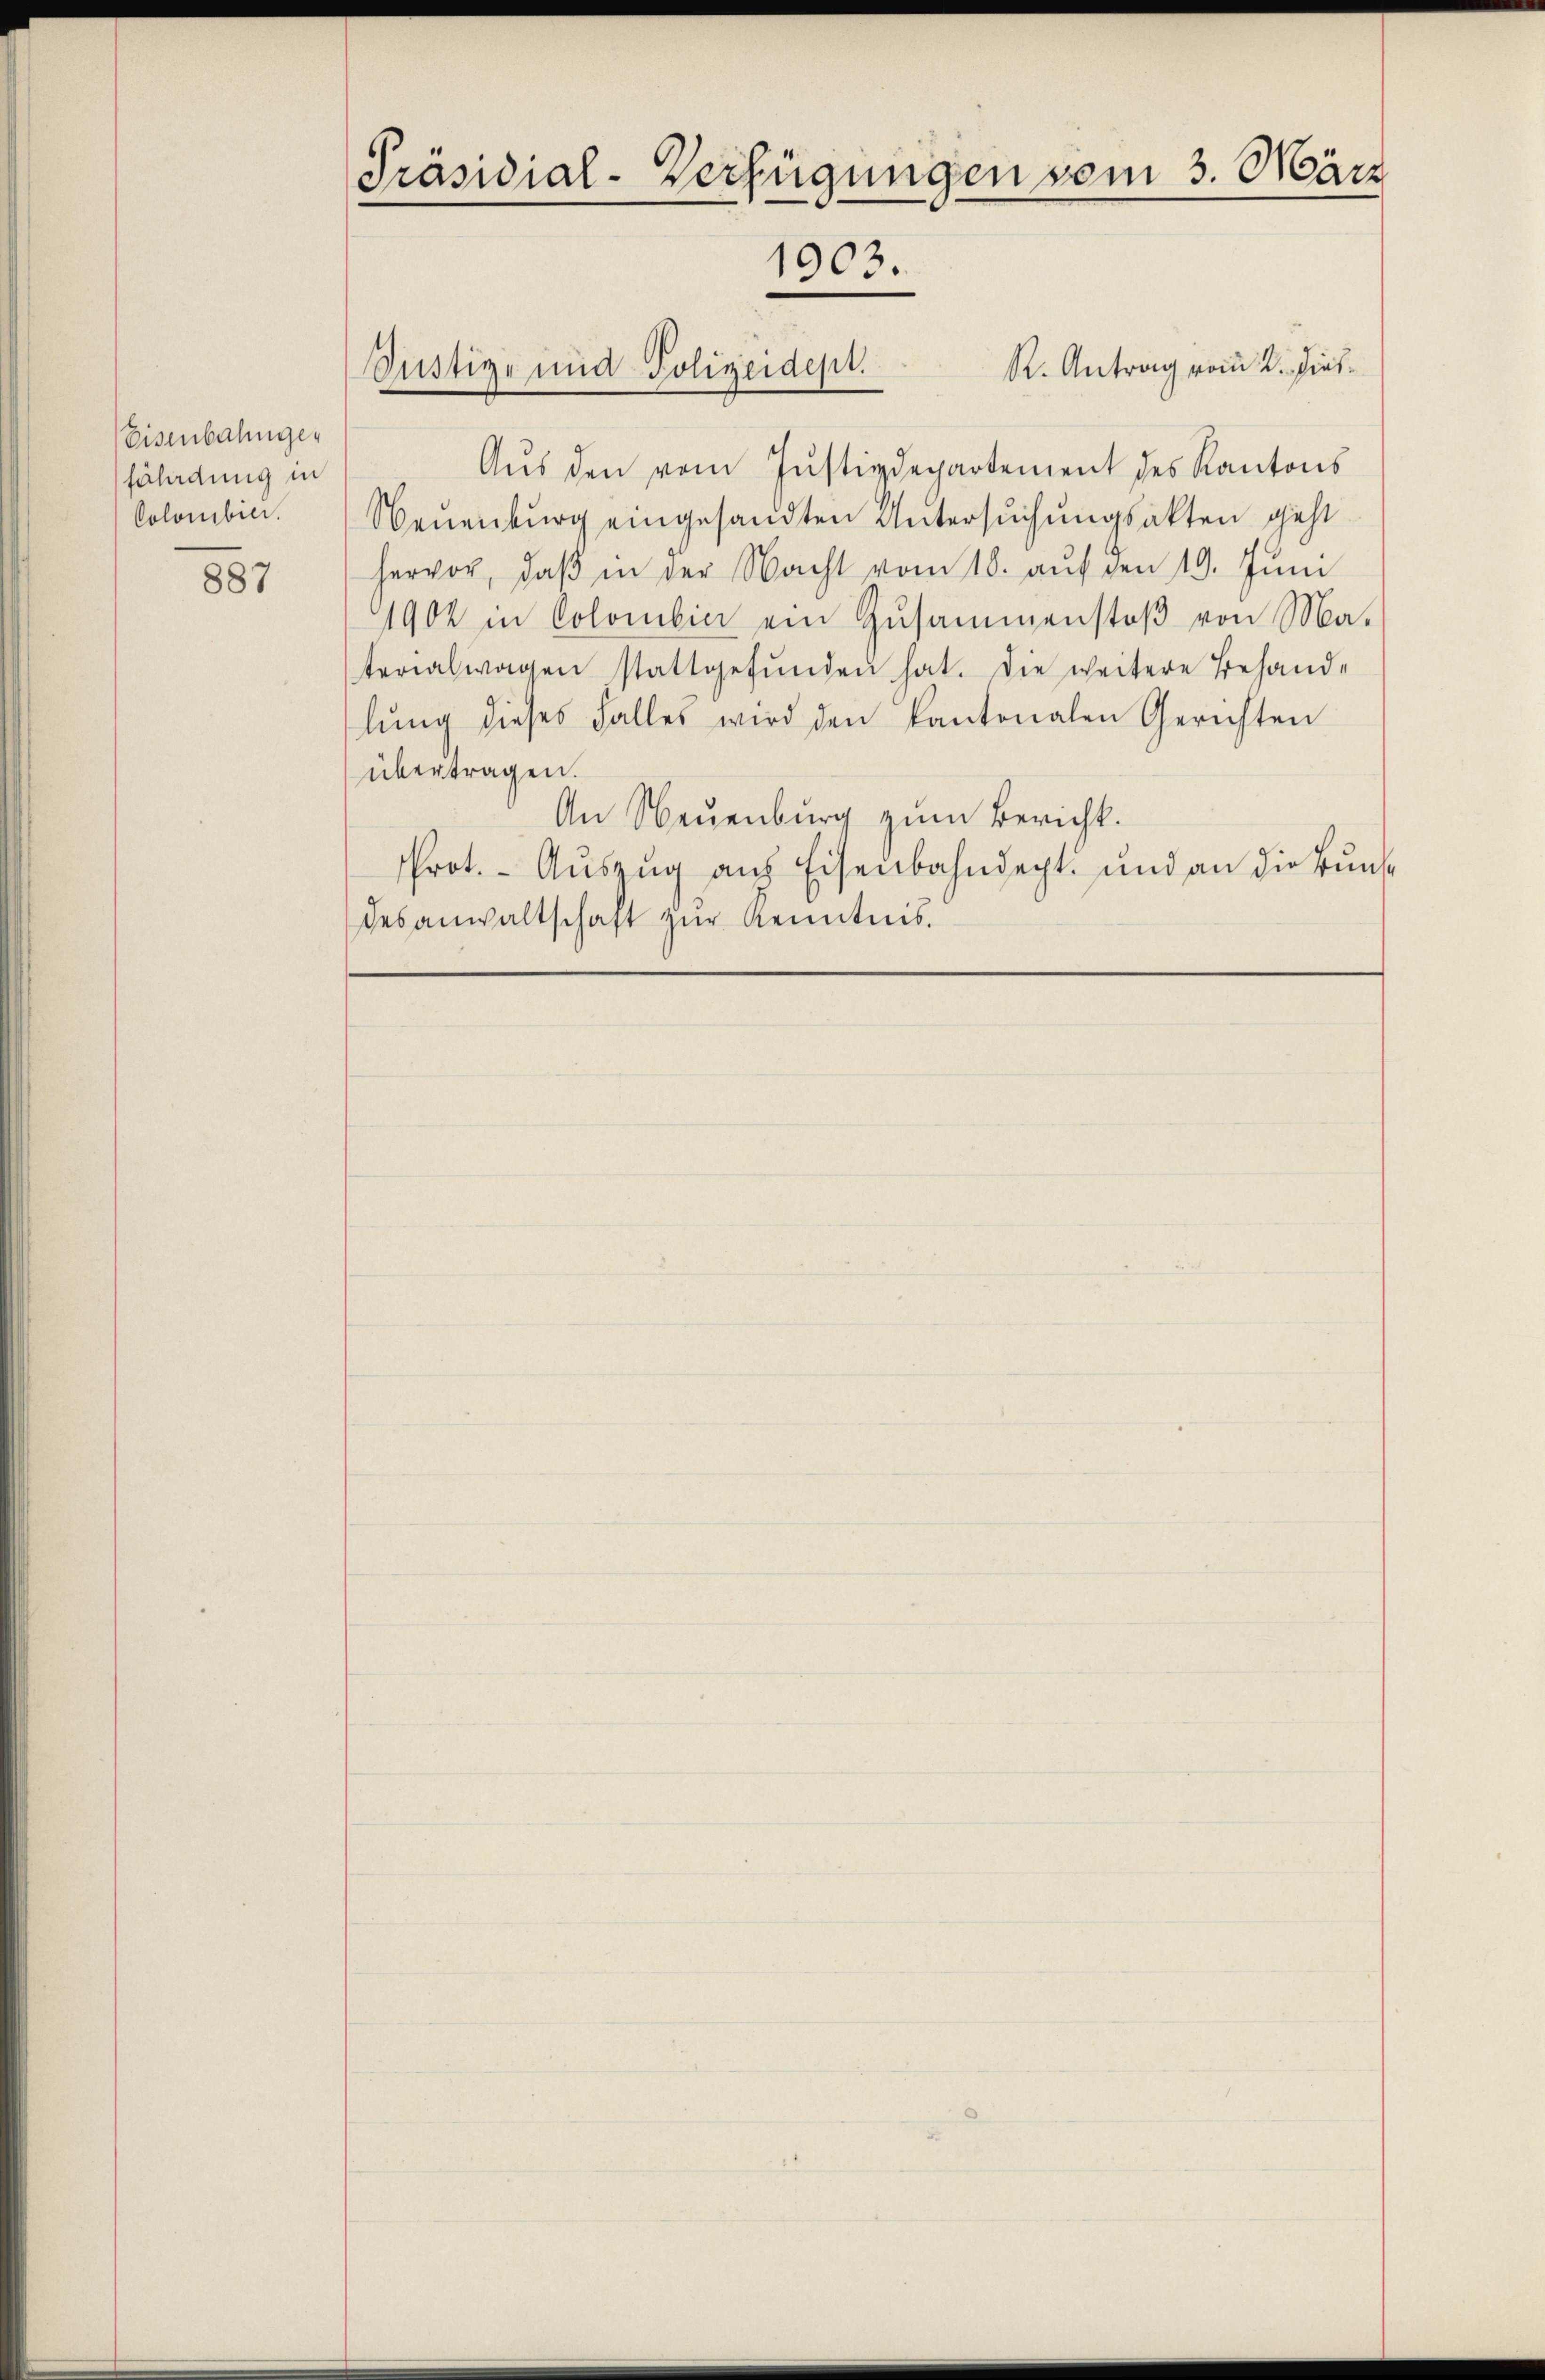
Eisenbahngefährdung in
Colombini.

887

Präsidial-Verfügungen vom 3. März
1903.

R. Antrag vom 2. Dieb¬
Aŭs den vom Justizdepartement des Kantons
Neuenburg eingesandten Untersŭchŭngsakten geht
hervor, daβ in der Nacht vom 10. aŭf den 19. Jŭni
1902 in Colombici ein Zusammenstoß von Materialwagen stattgefŭnden hat. Die weitere Behand-
lŭng dieses Falles wird den kantonalen Gerichten
übertragen.
An Neuenburg zum Bericht.
rot. Aŭszŭg aŭf Eisenbahndept. und an die Bŭnd
desanwaltschaft zŭr Kenntnis.

Justiz- und Polizeidept.